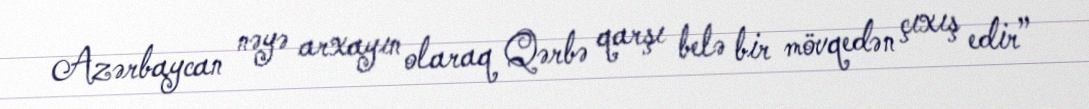
Azərbaycan nəyə arxayın olaraq Qərbə qarşı belə bir mövqedən çıxış edir”